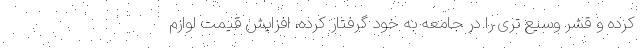
کرده و قشر وسیع تری را در جامعه به خود گرفتار کرده، افزایش قیمت لوازم